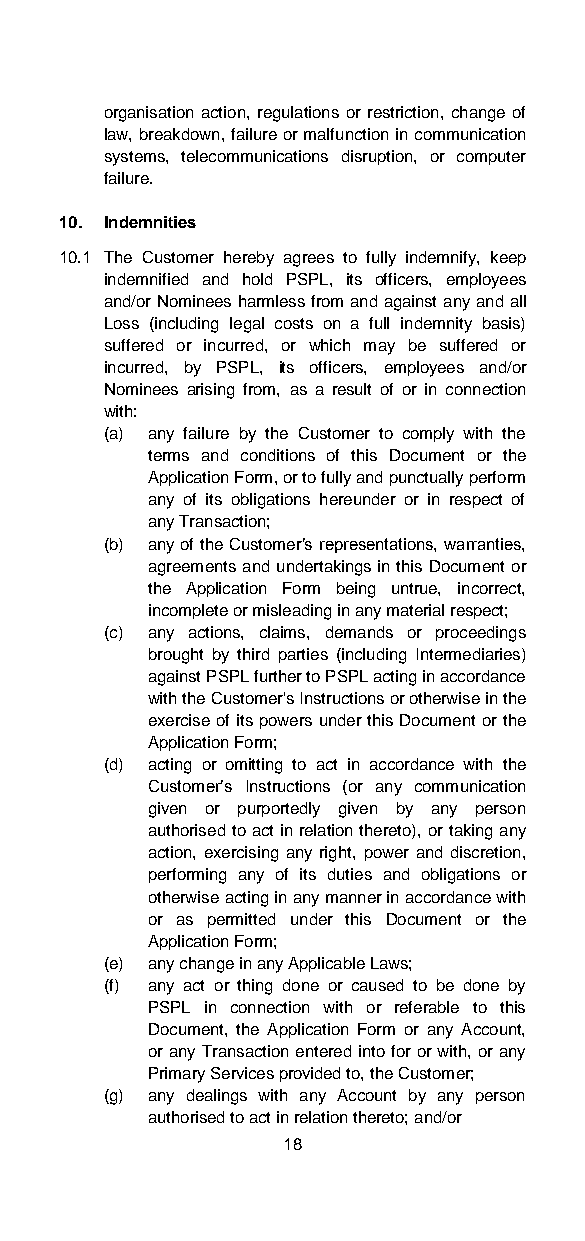
organisation action, regulations or restriction, change of
 law, breakdown, failure or malfunction in communication
 systems, telecommunications disruption, or computer
 failure.
 10. Indemnities
 10.1 The Customer hereby agrees to fully indemnify, keep
 indemnified and hold PSPL, its officers, employees
 and/or Nominees harmless from and against any and all
 Loss (including legal costs on a full indemnity basis)
 suffered or incurred, or which may be suffered or
 incurred, by PSPL, its officers, employees and/or
 Nominees arising from, as a result of or in connection
 with:
 (a) any failure by the Customer to comply with the
 terms and conditions of this Document or the
 Application Form, or to fully and punctually perform
 any of its obligations hereunder or in respect of
 any Transaction;
 (b) any of the Customer’s representations, warranties,
 agreements and undertakings in this Document or
 the Application Form being untrue, incorrect,
 incomplete or misleading in any material respect;
 (c) any actions, claims, demands or proceedings
 brought by third parties (including Intermediaries)
 against PSPL further to PSPL acting in accordance
 with the Customer's Instructions or otherwise in the
 exercise of its powers under this Document or the
 Application Form;
 (d) acting or omitting to act in accordance with the
 Customer’s Instructions (or any communication
 given or purportedly given by any person
 authorised to act in relation thereto), or taking any
 action, exercising any right, power and discretion,
 performing any of its duties and obligations or
 otherwise acting in any manner in accordance with
 or as permitted under this Document or the
 Application Form;
 (e) any change in any Applicable Laws;
 (f) any act or thing done or caused to be done by
 PSPL in connection with or referable to this
 Document, the Application Form or any Account,
 or any Transaction entered into for or with, or any
 Primary Services provided to, the Customer;
 (g) any dealings with any Account by any person
 authorised to act in relation thereto; and/or
 18